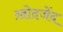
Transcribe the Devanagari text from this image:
ख़ोदजेंद